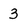
Character: 3